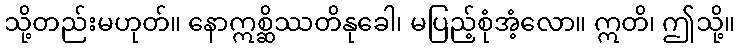
သို့တည်းမဟုတ်။ နောဣစ္ဆိဿတိနုခေါ၊ မပြည့်စုံအံ့လော။ ဣတိ၊ ဤသို့။